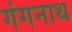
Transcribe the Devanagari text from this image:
गंगनाथ